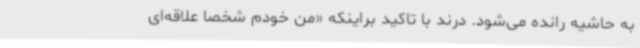
به حاشیه رانده می‌شود. درند با تاکید براینکه «من خودم شخصا علاقه‌ای